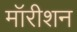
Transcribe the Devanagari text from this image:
मॉरीशन